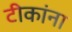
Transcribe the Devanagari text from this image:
टीकांना